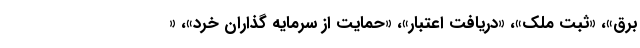
برق»، «ثبت ملک»، «دریافت اعتبار»، «حمایت از سرمایه گذاران خرد»، «